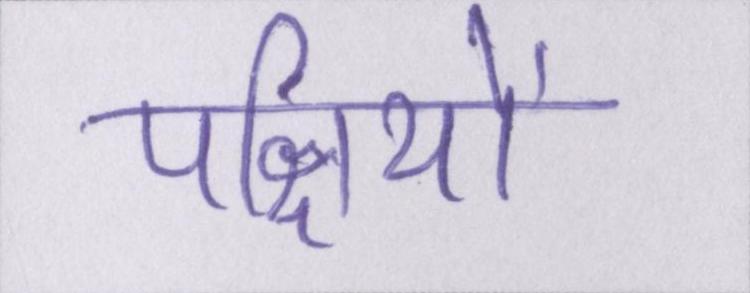
पक्षियों